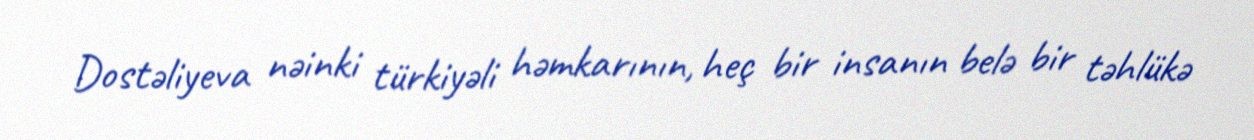
Dostəliyeva nəinki türkiyəli həmkarının, heç bir insanın belə bir təhlükə